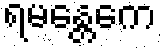
ရမန္တေကေ